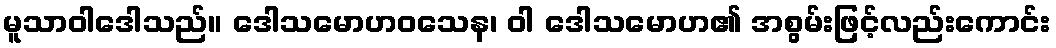
မူသာဝါဒေါသည်။ ဒေါသမောဟဝသေန၊ ဝါ ဒေါသမောဟ၏ အစွမ်းဖြင့်လည်းကောင်း